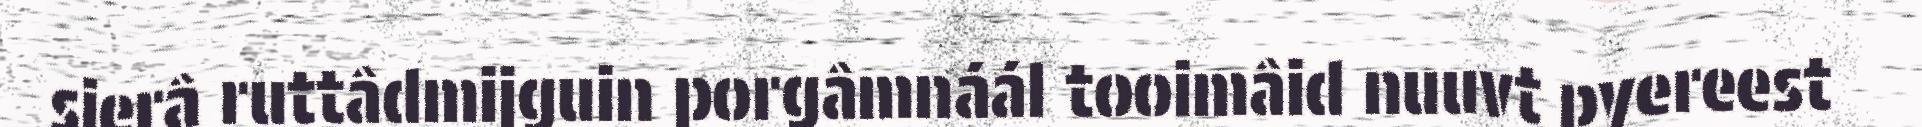
sierâ ruttâdmijguin porgâmnáál tooimâid nuuvt pyereest